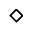
\diamond